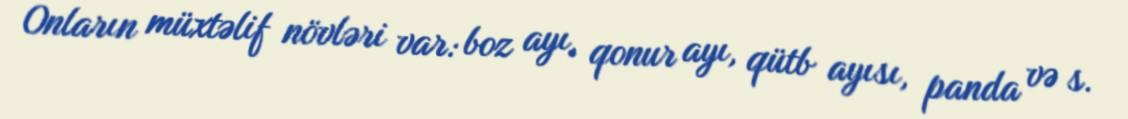
Onların müxtəlif növləri var: boz ayı, qonur ayı, qütb ayısı, panda və s.